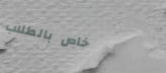
خاص بالطلاب